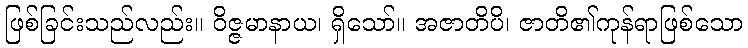
ဖြစ်ခြင်းသည်လည်း။ ဝိဇ္ဇမာနာယ၊ ရှိသော်။ အဇာတိပိ၊ ဇာတိ၏ကုန်ရာဖြစ်သော